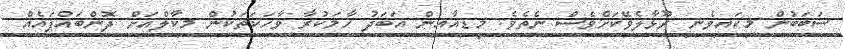
ސަބަބުން މިކައިވެނި ރޫޅާލެވޭކަށްވެސް ނެތެވެ. މީޑިއާއިން އަބަދު ހާމަކުރާ ވާހަކަތަކުން މިކާލްއަށް ދޮންބައްޕައެއް